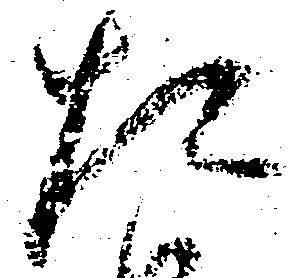
た